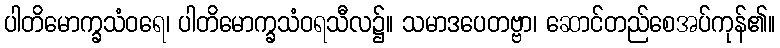
ပါတိမောက္ခသံဝရေ၊ ပါတိမောက္ခသံဝရသီလ၌။ သမာဒပေတဗ္ဗာ၊ ဆောင်တည်စေအပ်ကုန်၏။